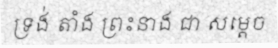
ទ្រង់ តាំង ព្រះនាង ជា សម្តេច